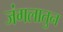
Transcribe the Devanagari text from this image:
जंगलातुन